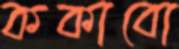
ককাবো